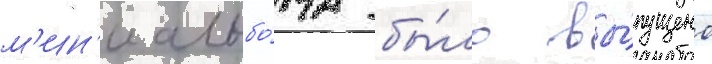
м'ин'и альбо́ма бы́ло вы́пущено